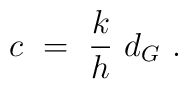
c \ = \ {k\over h}\ d_G \ .